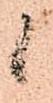
候